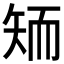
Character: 𱳝